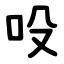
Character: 吺